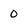
Character: 0